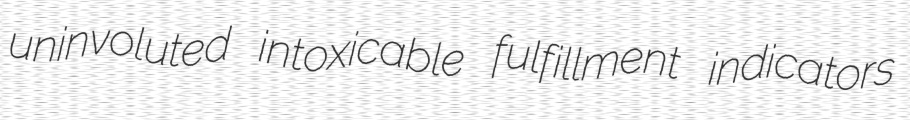
uninvoluted intoxicable fulfillment indicators